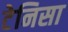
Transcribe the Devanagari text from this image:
टेनिसा